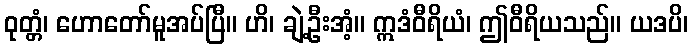
ဝုတ္တံ၊ ဟောတော်မူအပ်ပြီ။ ဟိ၊ ချဲ့ဦးအံ့။ ဣဒံဝီရိယံ၊ ဤဝီရိယသည်။ ယဒပိ၊